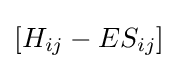
[H_{ij}-ES_{ij}]